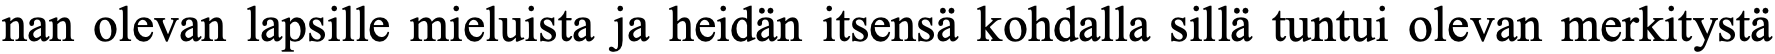
nan olevan lapsille mieluista ja heidän itsensä kohdalla sillä tuntui olevan merkitystä